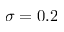
\sigma = 0 . 2